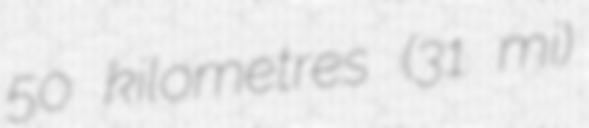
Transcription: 50 kilometres (31 mi)